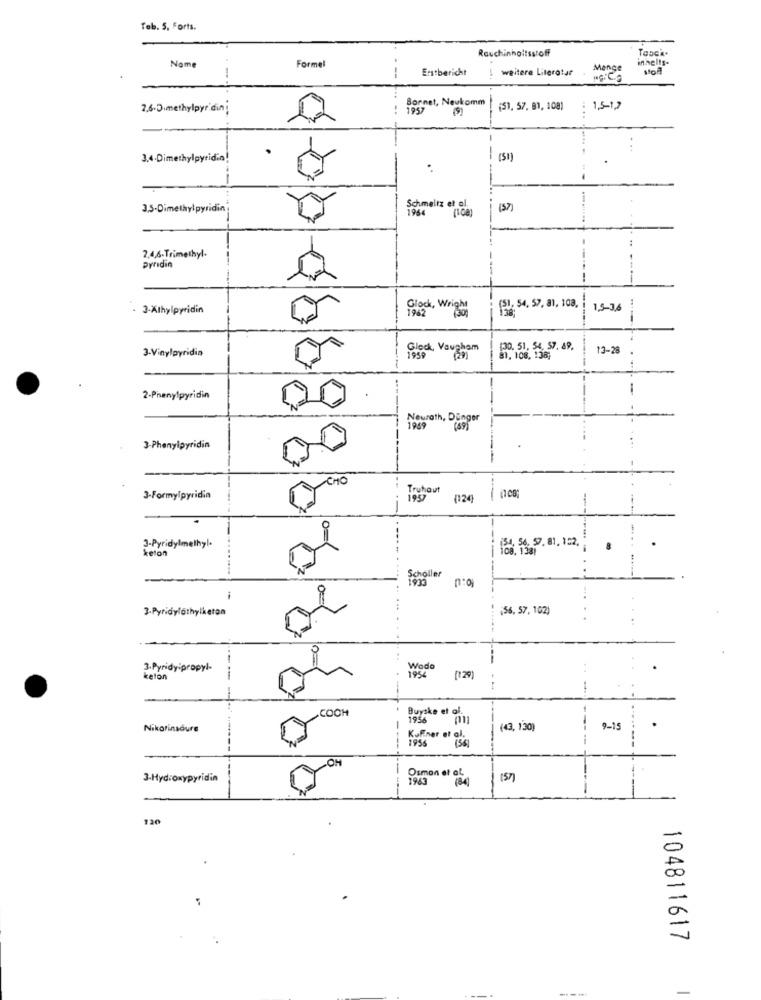
Teb. 5. Forts.
Rauchinhaltss/off
Nom
Formel
Erstbericht
weitere Literatur
Menge
stoff
--
Bonnet, Neukomm
2.6-Dimethylpyr.dini
(51, 57. 81, 108)
: 1,5-1,2
3.4-Dimethylpyridin!
(51)
3,5-Dimethylpyridin
Schmeltz et al.
1964 (108)
(3)
2,4,6-Trimethyl.
pyridin
-
3-Athylpyridin
1962
Glock, Wright
(51: 54. 57. 81, 108.
1,5-3,6
3-Vinylpyridia
Glock, Vaugham
120, 51. 54. 57. 49.
13-28
1999
108, 138;
2-Phenylpyridin
-
Neurath, Dünger
1959
(59)
3-Phenylpyridin
Truhaut
3-Formylpyridin
(124
, 56. 59. 81. 122.
3-Pyridylmethyl.
keton
8
.
1933
Scholler
0=
3.Pyridylothylketon
(56, 57, 102)
3.Pyridy propyl-
Wodo
1954
..
keton
--
(129)
COCH
Buyske et o
1955
Nikorinsdure
(43, 130)
9-15
Kufner of or
1955
OH
3-Hydroxypyridin
Osman of
1943
157)
120
104811617
-